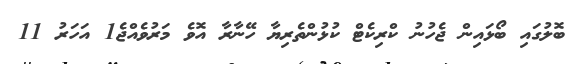
ބޮލުގައި ބޯޅައިން ޖެހުނު ކްރިކެޓް ކުޅުންތެރިޔާ ހޭނާރާ އޮވެ މަރުވެއްޖެ1 އަހަރު 11